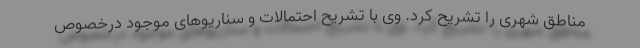
مناطق شهری را تشریح کرد. وی با تشریح احتمالات و سناریوهای موجود درخصوص